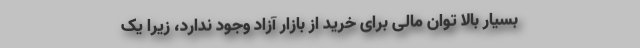
بسیار بالا توان مالی برای خرید از بازار آزاد وجود ندارد، زیرا یک